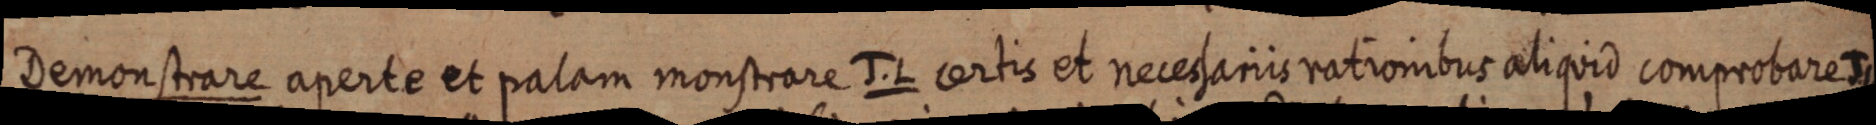
Demonstrare aperte et palam monstrare J. L. certis et necessariis rationibus aliquid comprobare J. L